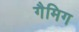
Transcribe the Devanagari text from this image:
गैमिग